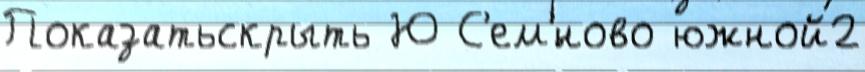
Показатьскрыть Ю С'ем'́ново южной2